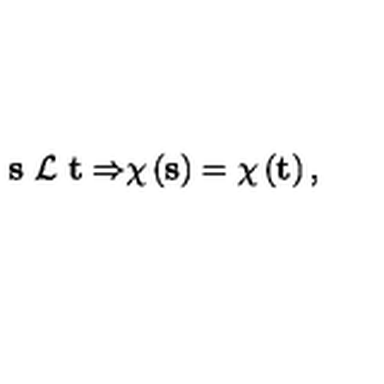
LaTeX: { \bf s \ } { \cal L \ } { \bf t \Rightarrow } \chi \left( { \bf s } \right) = \chi \left( { \bf t } \right) ,